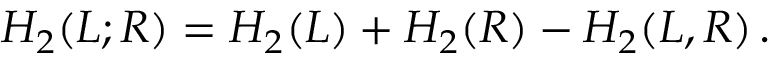
H _ { 2 } ( L ; R ) = H _ { 2 } ( L ) + H _ { 2 } ( R ) - H _ { 2 } ( L , R ) \, .